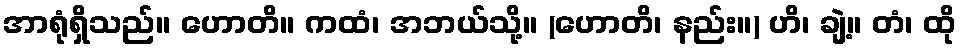
အာရုံရှိသည်။ ဟောတိ။ ကထံ၊ အဘယ်သို့။ (ဟောတိ၊ နည်း။) ဟိ၊ ချဲ့။ တံ၊ ထို